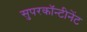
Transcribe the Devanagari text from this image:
सुपरकॉन्टीनेंट